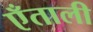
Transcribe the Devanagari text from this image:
एँताली